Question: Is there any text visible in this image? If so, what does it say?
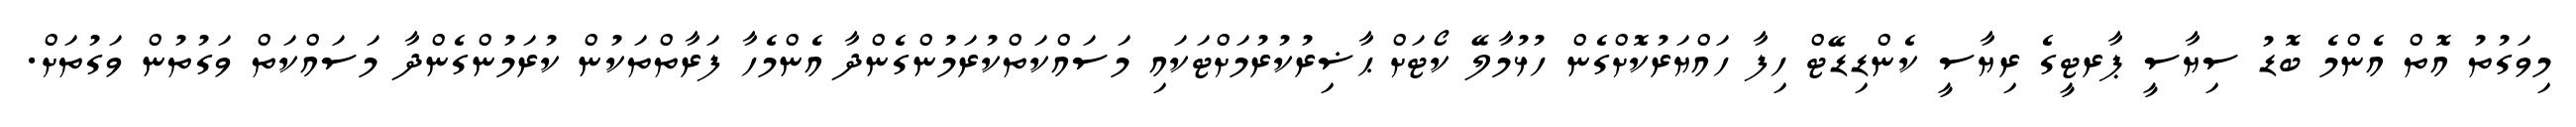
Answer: މިވަގުތު އޮތް އެންމެ ބޮޑު ސިޔާސީ ޕާރޓީގެ ރިޔާސީ ކެންޑިޑޭޓް ހިފާ ހައްޔަރުކޮށްގެން ހުޅުމާލޭ ކޯޓަށް ޙާޟިރުކުރުމަށްޓަކައި މަސައްކަތްކުރަމުންގެންދާ އެންމެހާ ފަރާތްތަކުން ކުރަމުންގެންދާ މަސައްކަތް ވަގުތުން ވަގުތަށް.